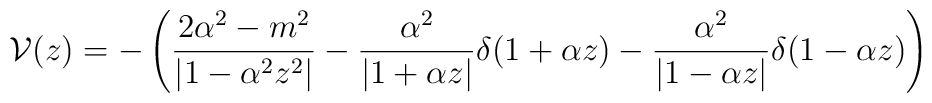
{\cal V}(z)= - \left(\frac{2\alpha ^2-m^2}{|1 - \alpha^2 z^2 |}-  \frac{\alpha ^2}{|1 + \alpha z |}\delta (1 + \alpha z) - \frac{\alpha ^2}{|1 - \alpha z |} \delta (1-\alpha z)  \right)